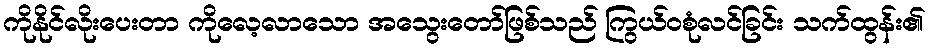
ကိုနိုင်လိုးပေးတာ ကိုလေ့လာသော အသွေးတော်ဖြစ်သည် ကြွယ်ဝစုံလင်ခြင်း သက်ထွန်း၏